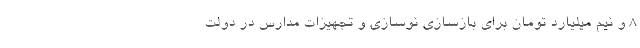
٨ و نیم میلیارد تومان برای بازسازی نوسازی و تجهیزات مدارس در دولت